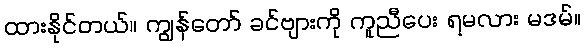
ထားနိုင်တယ်။ ကျွန်တော် ခင်ဗျားကို ကူညီပေး ရမလား မဒမ်။